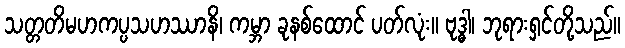
သတ္တတိမဟကပ္ပသဟဿာနိ၊ ကမ္ဘာ ခုနစ်ထောင် ပတ်လုံး။ ဗုဒ္ဓါ၊ ဘုရားရှင်တို့သည်။